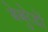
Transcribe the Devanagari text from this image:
बेबुरेडों